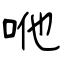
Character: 咃